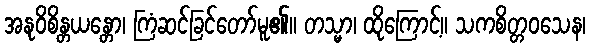
အနုဝိစိန္တယန္တော၊ ကြံဆင်ခြင်တော်မူ၏။ တသ္မာ၊ ထိုကြောင့်။ သကစိတ္တဝသေန၊